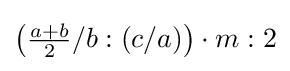
\left({\tfrac {a+b}{2}}/b:(c/a)\right)\cdot m:2